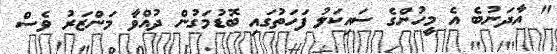
" އާދަނުބެ އެ މީހުންގެ ސައިކަލު ފަހަތުގައި ބޮޑުމަގުން ދުއްވާ މަންޒަރު ވެސް